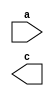
module z(a,c);
  input a;
  output c;
endmodule
module b;
wire y;
wire m;
  z z0(y,m);
endmodule

//module a();
//    b bo();
//endmodule
//module b();
//    a a0();
//endmodule

//module c(m,n);
//    input m;
//    output n;
//endmodule
//module d();
//    c c0();
//endmodule

//module e();
//    wire f,k;
//    z zo();//modul z nedeclarat
//endmodule

//module f();
//    input o, p;
//endmodule